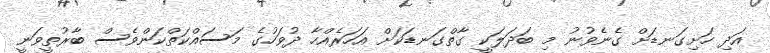
އަދި ހަށިގަނޑަށް ގެނެވުނު މި ބަދަލަކީ ގާތްގަނޑަކަށް އަހަރެއްހާ ދުވަހުގެ މަސައްކަތްކަންވެސް ބާރުތީވަނީ